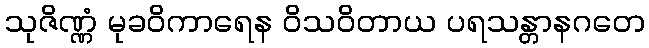
သုဇိဏ္ဏံ မုခဝိကာရေန ဝိသဝိတာယ ပရသန္တာနဂတေ